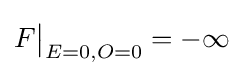
F{\big |}_{E=0,O=0}=-\infty